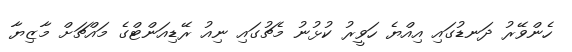
ހެންވޭރު ދަނޑުގައި އިއްޔެ ހަވީރު ކުޅުނު މެޗުގައި ނިއު ރޭޑިއަންޓްގެ މައްޗަށް މާޒިޔާ